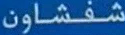
شفشاون